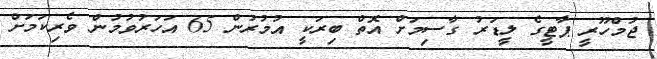
ޖުމްހޫރީ ޕާޓީގެ ލީޑަރު ގާސިމަށް އޮތް ބިރަކީ އުމުރުން 65 އަހަރުވުމުން ވެރިކަމަށް